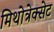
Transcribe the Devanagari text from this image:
मिथोत्रेक्सेट